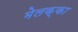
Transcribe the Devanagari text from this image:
मेलक्का